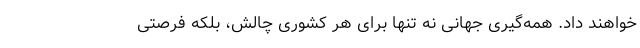
خواهند داد. همه‌گیری جهانی نه تنها برای هر کشوری چالش، بلکه فرصتی